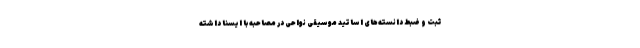
ثبت و ضبط دانسته‌های اساتید موسیقی نواحی در مصاحبه با ایسنا داشته